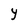
Character: Y